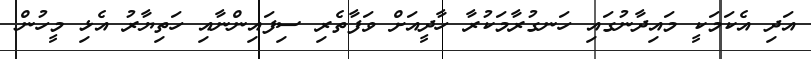
އަދި އެކަމަކީ މައިދާނުގައި ހަނގުރާމަކުރާ ހާދީއަށް ވަފާތެރި ސިފައިންނާއި ހަތިޔާރު އެޅި މީހުން